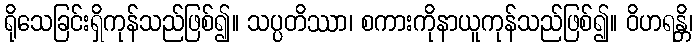
ရိုသေခြင်းရှိကုန်သည်ဖြစ်၍။ သပ္ပတိဿာ၊ စကားကိုနာယူကုန်သည်ဖြစ်၍။ ဝိဟရန္တိ၊